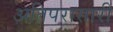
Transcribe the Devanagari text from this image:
अतिपरासारी